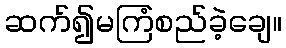
ဆက်၍မကြံစည်ခဲ့ချေ။